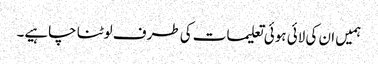
ہمیں ان کی لائی ہوئی تعلیمات کی طرف لوٹنا چاہیے۔